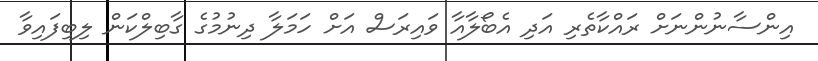
އިންސާނުންނަށް ރައްކާތެރި އަދި އެބޯލާއާ ވައިރަސް އަށް ހަމަލާ ދިނުމުގެ ގާބިލްކަން ލިބިފައިވާ